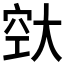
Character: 𪥔